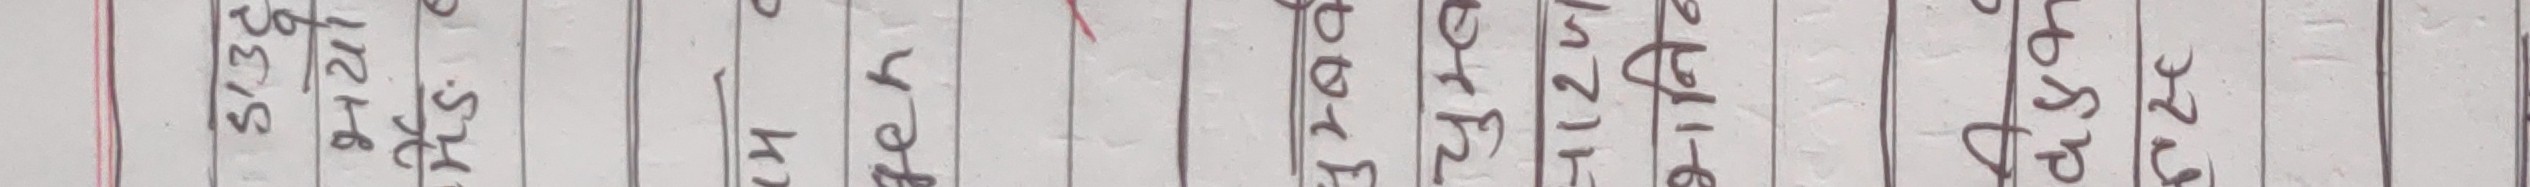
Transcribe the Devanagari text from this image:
513216 96.540 अशेष बसतह जलगत नरकल परशद दलनभ ड़करन अपरद अपरभ असमय अरकत